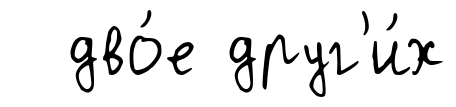
дво́е друг'и́х